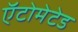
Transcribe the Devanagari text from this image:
ऍटोमेटेड